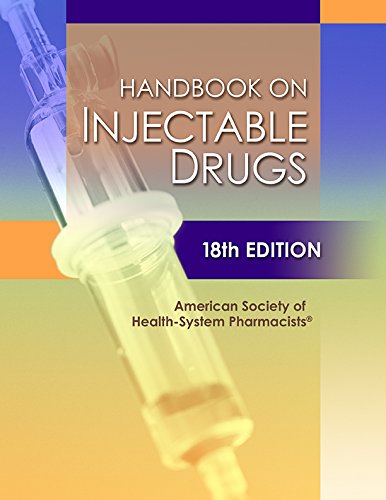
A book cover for Handbook on Injectable Drugs; American Society of Health-System Pharmacists; Medical Books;